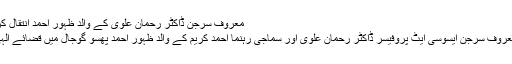
معروف سرجن ڈاکٹر رحمان علوی کے والد ظہور احمد انتقال کر گئے – پامیر ٹائمز
گوجال (نامہ نگار) معروف سرجن ایسوسی ایٹ پروفیسر ڈاکٹر رحمان علوی اور سماجی رہنما احمد کریم کے والد ظہور احمد پھسو گوجال میں قضائے الہی سے انتقال کرگئے۔